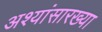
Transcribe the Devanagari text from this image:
अश्यांसारख्या